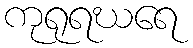
ကုရုရဃရေ